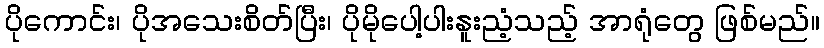
ပိုကောင်း၊ ပိုအသေးစိတ်ပြီး၊ ပိုမိုပေါ့ပါးနူးညံ့သည့် အာရုံတွေ ဖြစ်မည်။